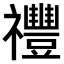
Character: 𥜪